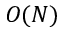
O ( N )